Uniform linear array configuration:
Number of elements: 32
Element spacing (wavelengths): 0.5
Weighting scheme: kaiser
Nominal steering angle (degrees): -30
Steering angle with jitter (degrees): -30.107
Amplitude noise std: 0.05
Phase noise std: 0.05

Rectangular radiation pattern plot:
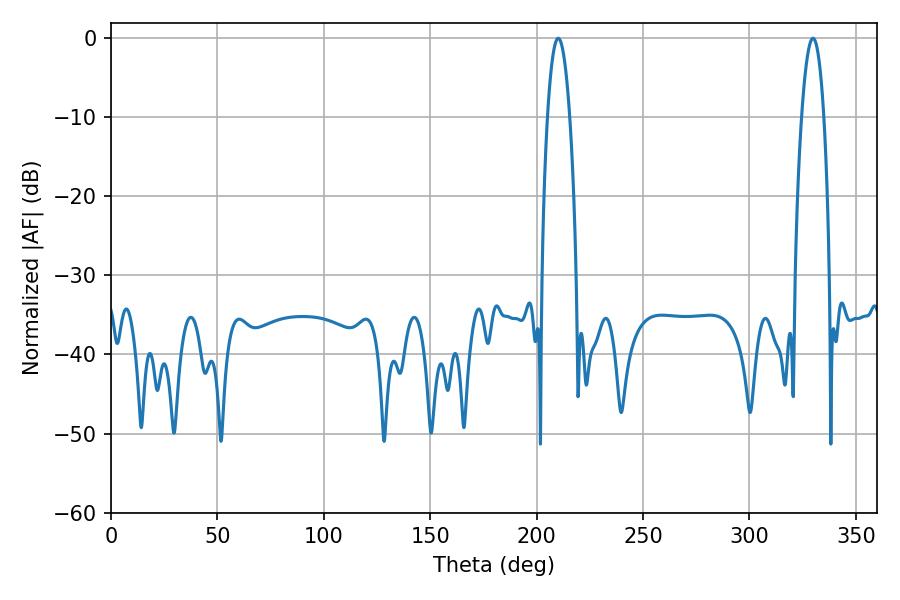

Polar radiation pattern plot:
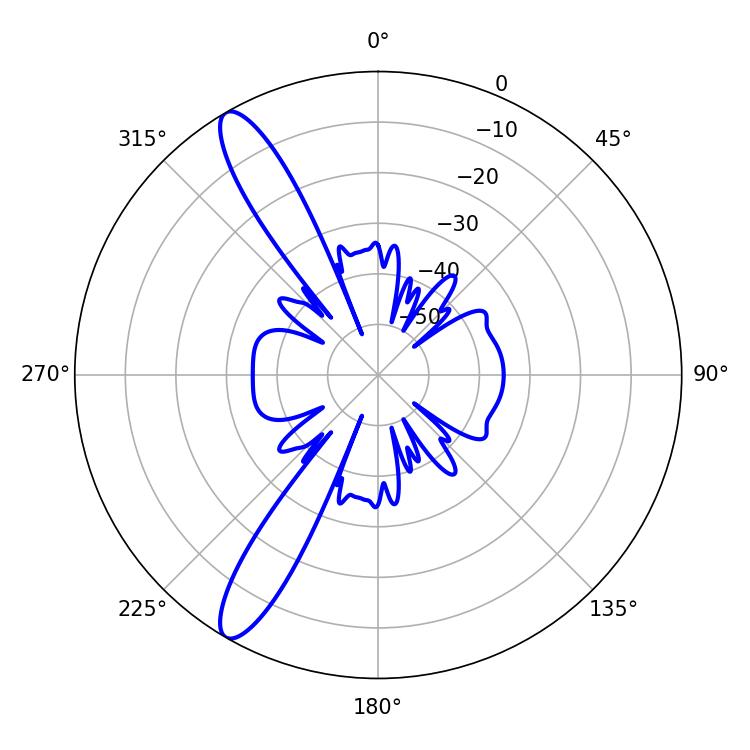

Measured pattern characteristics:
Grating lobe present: FALSE
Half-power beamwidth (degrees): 5.76
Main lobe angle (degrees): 210.06